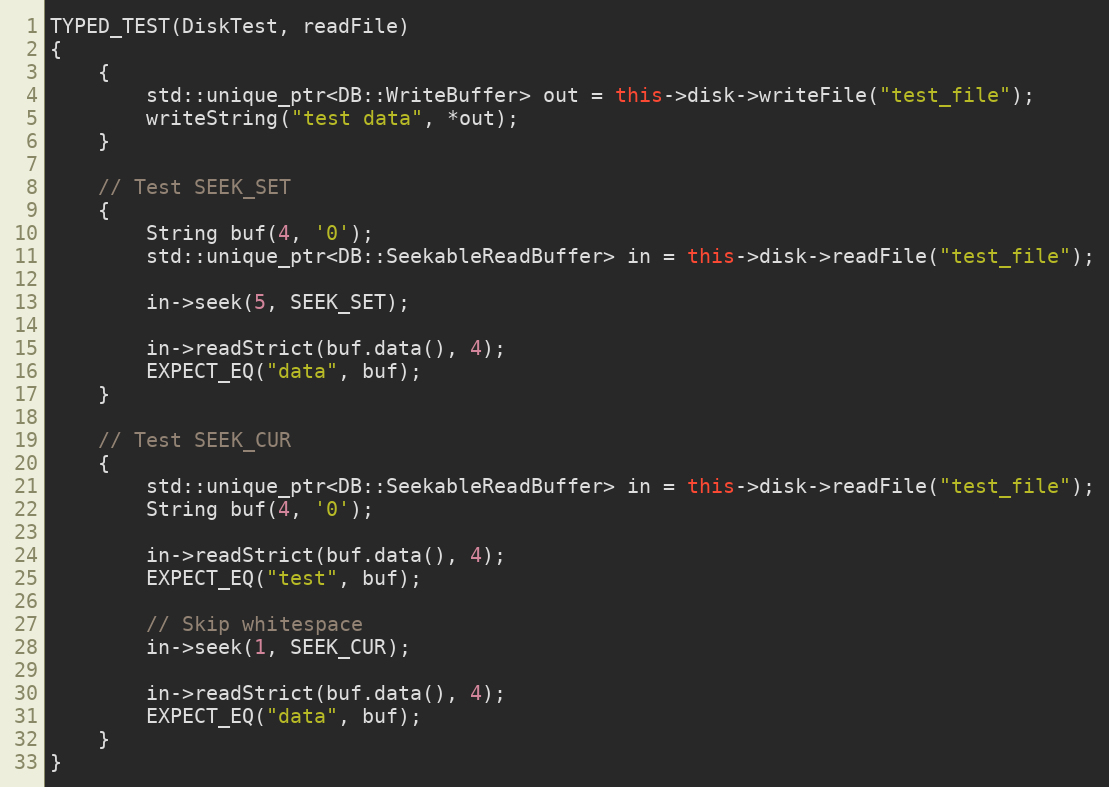
Language: C++
TYPED_TEST(DiskTest, readFile)
{
    {
        std::unique_ptr<DB::WriteBuffer> out = this->disk->writeFile("test_file");
        writeString("test data", *out);
    }

    // Test SEEK_SET
    {
        String buf(4, '0');
        std::unique_ptr<DB::SeekableReadBuffer> in = this->disk->readFile("test_file");

        in->seek(5, SEEK_SET);

        in->readStrict(buf.data(), 4);
        EXPECT_EQ("data", buf);
    }

    // Test SEEK_CUR
    {
        std::unique_ptr<DB::SeekableReadBuffer> in = this->disk->readFile("test_file");
        String buf(4, '0');

        in->readStrict(buf.data(), 4);
        EXPECT_EQ("test", buf);

        // Skip whitespace
        in->seek(1, SEEK_CUR);

        in->readStrict(buf.data(), 4);
        EXPECT_EQ("data", buf);
    }
}